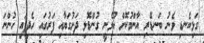
ގަޅިކެނޑި ވެނު ބަނޑޭރި އާންމުކޮށް އުޅެނީ ގުންޑޮޅި ދަށުގަޔާއި ފަރުގައި ހެދިފައި ހުންނަ